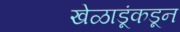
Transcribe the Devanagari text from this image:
खेळाडूंकडून